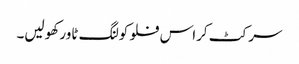
سرکٹ کراس فلو کولنگ ٹاور کھولیں۔